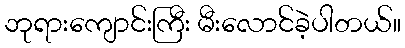
ဘုရားကျောင်းကြီး မီးလောင်ခဲ့ပါတယ်။